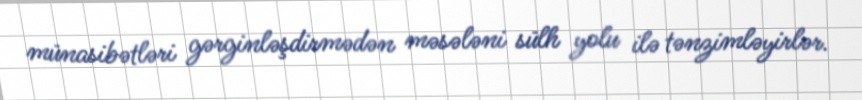
münasibətləri gərginləşdirmədən məsələni sülh yolu ilə tənzimləyirlər.